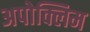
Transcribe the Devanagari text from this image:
अपोक्लिम